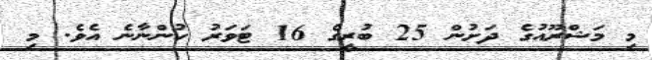
މި މަޝްރޫއުގެ ދަށުން 25 ބުރީގެ 16 ޓަވަރު ހުންނާނެ އެވެ. މި